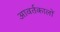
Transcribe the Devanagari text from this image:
आवर्तकालों